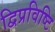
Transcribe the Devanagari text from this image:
द्विप्रविष्टि